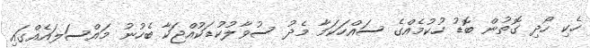
ހެކި ހޯދި ގޮތުން ބޮޑު ހުކުމެއްގެ ސައްހަކަމާ މެދު ސުވާލުކުޑަކުއްޖަކާ ބެހުނު މައްސަލައެއްގައި